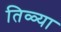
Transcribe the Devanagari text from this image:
तिळ्या